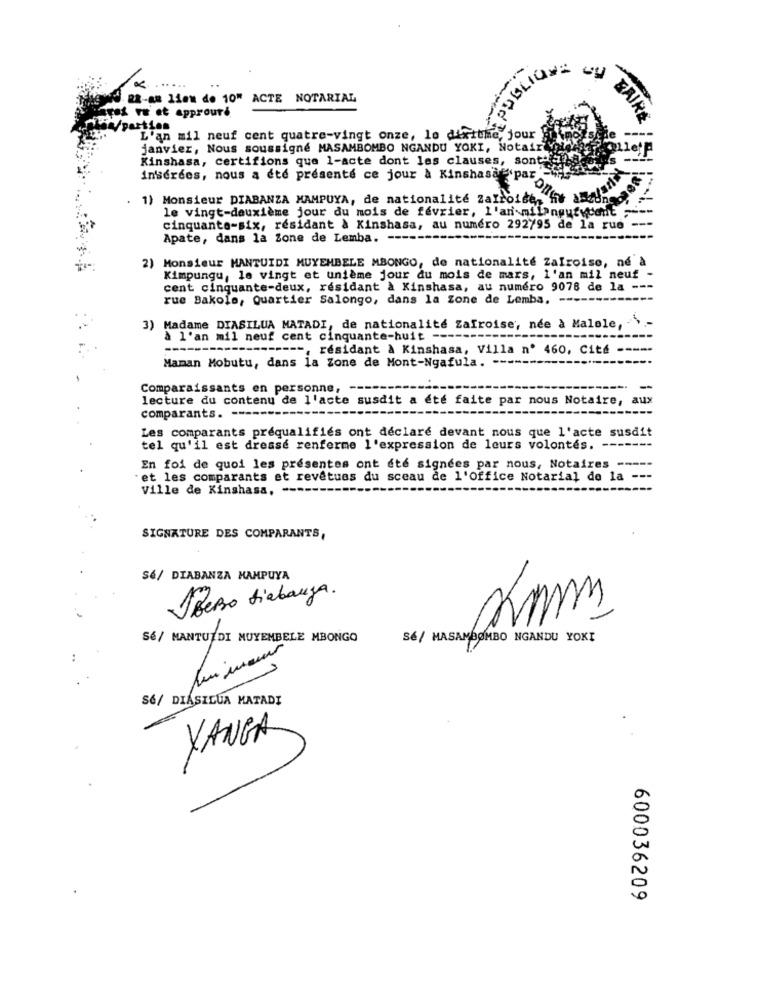
PUBLIC
22-&# lieu de 10" ACTE NOTARIAL
yet we et approuve
EAIRE
*N/parties
L'an mil neuf cent quatre-vingt onze, le dixithe, jour
janvier, Nous soussigné MASAMBOMBO NGANDU YOKI, Notair
Kinshasa, certifions que 1-acte dont les clauses, sont"
inserdes, nous a été presente ce jour & Kinshasae par
1) Monsieur DIABANZA MAMPUYA, de nationalité ZaIro
le vingt-deuxième jour du mois de fevrier, l'an-milangufycont
cinquante-six, résidant à Kinshasa, au numero 292795 de la rue
Apate, dans la Zone de Lemba. -
2)
Monsieur MANTUIDI MUYEMBELE MBONGO, de nationalité ZaIroise, né à
Kimpungu, le vingt et unième jour du mois de mars, l'an mil neuf -
cent cinquante-deux, résidant à Kinshasa, au numero 9078 de la ---
rue Bakole, Quartier Salongo, dans la Zone de Lemba, ---
3) Madame DIASILUA MATADI, de nationalité Zafroise ;, née à Malele, - >-
à l'an mil neuf cent cinquante-huit ----
------
--------, résidant à Kinshasa, Villa nº 460, Cité
Maman Mobutu, dans la Zone de Mont-Ngafula. --
Comparaissants en personne, --
lecture du contenu de l'acte susdit a été faite par nous Notaire, aux
comparants.
Les comparants préqualifiés ont declare devant nous que l'acte susdit
tel qu'il est dressé renferme l'expression de leurs volontés. --
En foi de quoi les présentes ont été signées par nous, Notaires -----
et les comparants et revêtuas du sceau de l'Office Notarial de la ---
Ville de Kinshasa, --------
SIGNATURE DES COMPARANTS,
Sé/ DIABANZA MAMPUYA
Ifero tiabauza.
Sé/ MANTUTDI MUYEMBELE MBONGO
SE/ MASAMBOMBO NGANDU YOKI
3
S&/ DIÁSILUA MATADI
YANGA
600036209